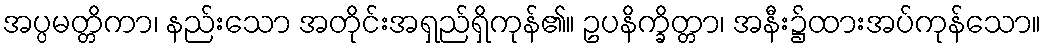
အပ္ပမတ္တိကာ၊ နည်းသော အတိုင်းအရှည်ရှိကုန်၏။ ဥပနိက္ခိတ္တာ၊ အနီး၌ထားအပ်ကုန်သော။